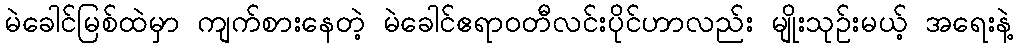
မဲခေါင်မြစ်ထဲမှာ ကျက်စားနေတဲ့ မဲခေါင်ဧရာဝတီလင်းပိုင်ဟာလည်း မျိုးသုဥ်းမယ့် အရေးနဲ့